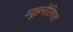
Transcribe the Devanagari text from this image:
व्यूहनीतिगत